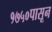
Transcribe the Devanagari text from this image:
१७५०पासून